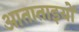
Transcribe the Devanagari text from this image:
आताताइयों